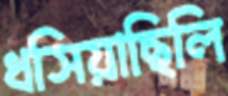
ধসিয়াছিলি